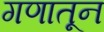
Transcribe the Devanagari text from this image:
गणातून